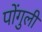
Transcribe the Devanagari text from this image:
पोंगुली